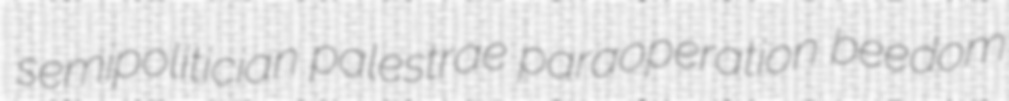
semipolitician palestrae paraoperation beedom